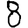
Digit: 8